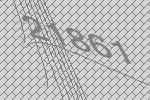
21861